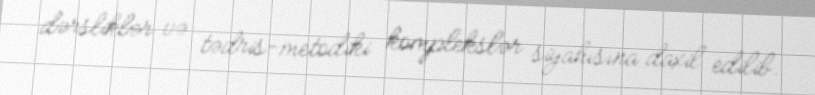
dərsliklər və tədris-metodiki komplekslər siyahısına daxil edilib.